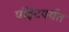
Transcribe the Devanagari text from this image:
पॉइंटपर्यंत